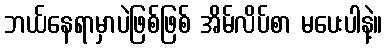
ဘယ်နေရာမှာပဲဖြစ်ဖြစ် အိမ်လိပ်စာ မပေးပါနဲ့။